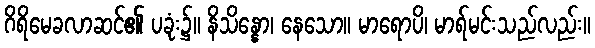
ဂိရိမေခလာဆင်၏ ပခုံး၌။ နိသိန္နော၊ နေသော။ မာရောပိ၊ မာရ်မင်းသည်လည်း။